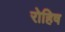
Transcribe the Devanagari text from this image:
रोहिष